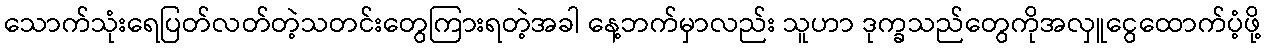
သောက်သုံးရေပြတ်လတ်တဲ့သတင်းတွေကြားရတဲ့အခါ နေ့ဘက်မှာလည်း သူဟာ ဒုက္ခသည်တွေကိုအလှူငွေထောက်ပံ့ဖို့